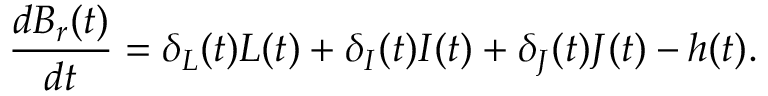
\frac { d B _ { r } ( t ) } { d t } = \delta _ { L } ( t ) L ( t ) + \delta _ { I } ( t ) I ( t ) + \delta _ { J } ( t ) J ( t ) - h ( t ) .